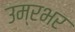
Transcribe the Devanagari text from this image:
उम्रभर